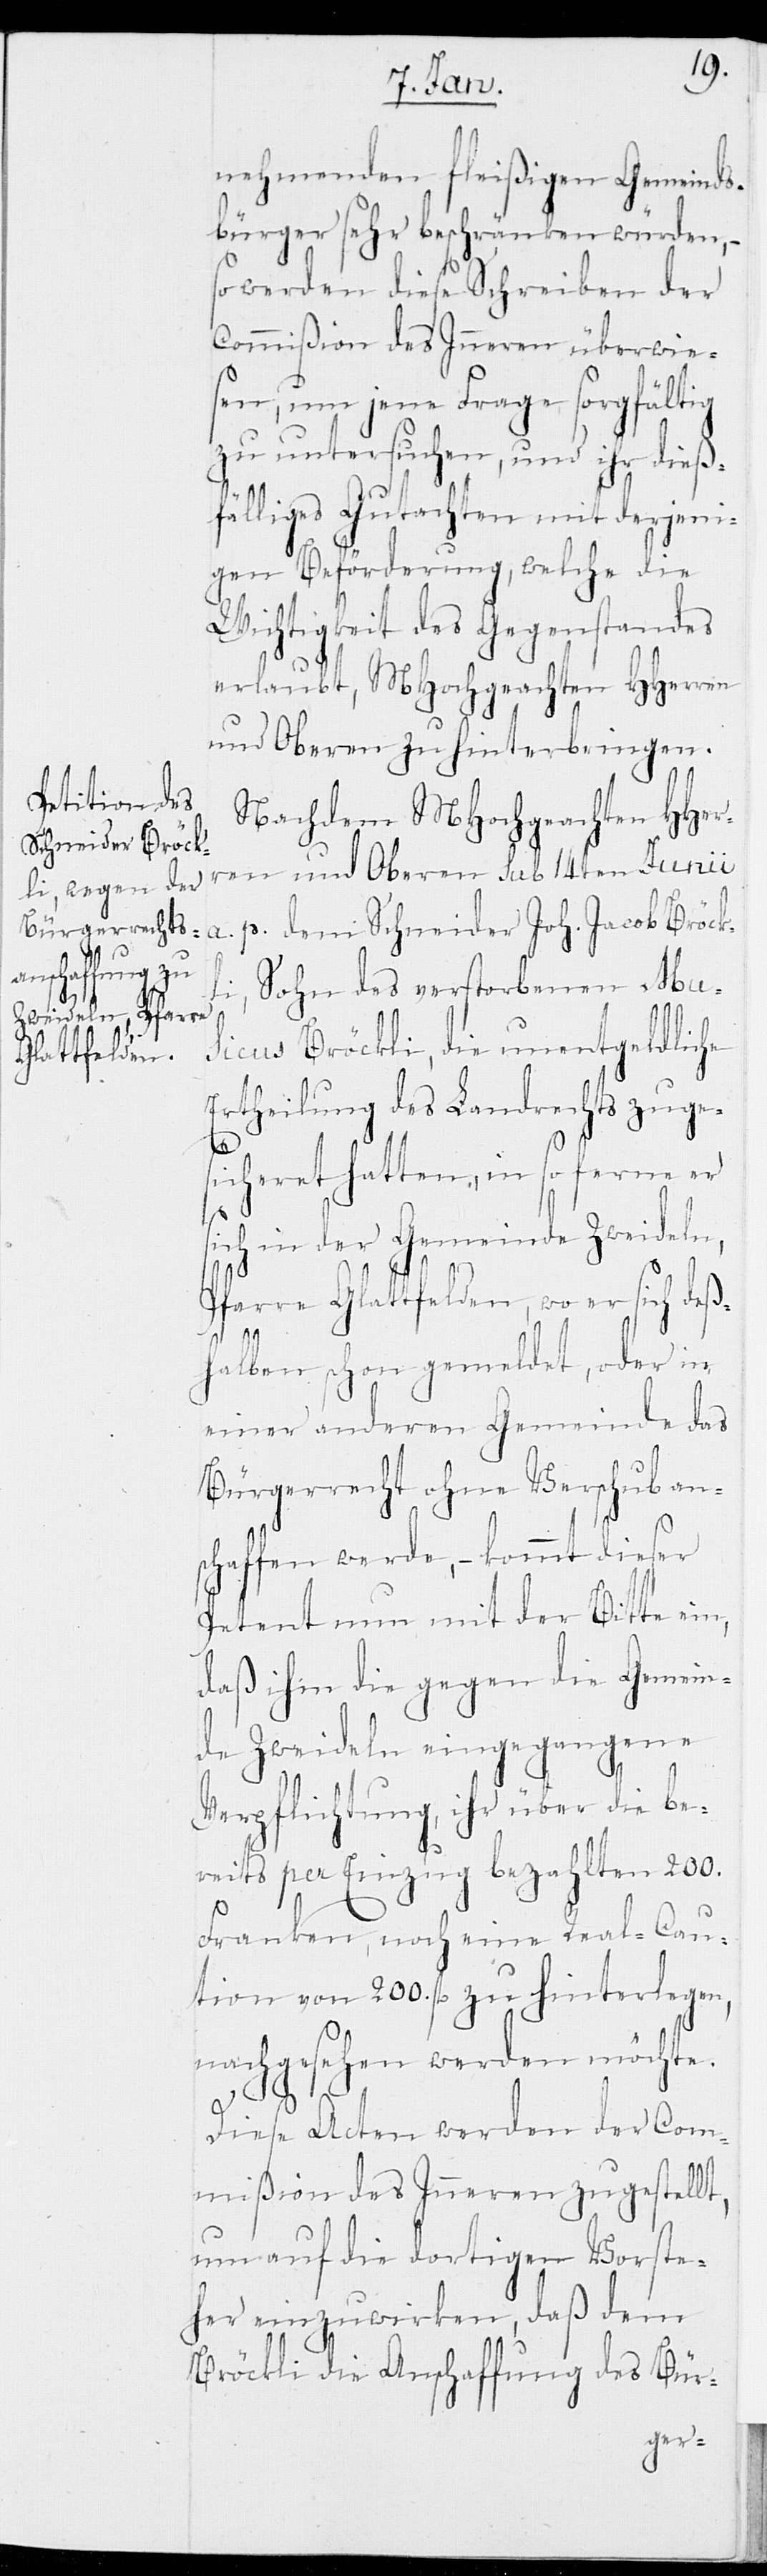
nehmenden fleißigen Gemeinds¬
bürger sehr beschränken würden, –
so werden diese Schreiben der
Commißion des Inneren überwie¬
sen, um jene Frage sorgfältig
zu untersuchen, und ihr dieß¬
fälliges Gutachten mit derjeni¬
gen Beförderung, welche die
Wichtigkeit des Gegenstandes
erlaubt, MHochgeachten HHerren
und Oberen zu hinterbringen.
Nachdem MHochgeachten HHerr¬
Schneider Joh.
en und Oberen sub 14ten Junii
Sohn des verstorbenen Mu¬
sicus Bröckli, die unentgeldliche
Ertheilung des Landrechts zuge¬
p.
sicheret hatten, in so ferne er
sich in der Gemeinde Zweideln,
Pfarre Glattfelden, wo er sich deß¬
halben schon gemeldet, oder in
einer anderen Gemeinde das
Bürgerrecht ohne Verschub an¬
schaffen werde, – kommt dieser
Petent nun mit der Bitte ein,
daß ihm die gegen die Gemein¬
de Zweideln eingegangene
Verpflichtung, ihr über die be¬
reits per Einzug bezahlten 200.
Franken, noch eine Real-Cau¬
tion von 200. fl. zu hinterlegen,
nachgesehen werden möchte.
Diese Acten werden der Com¬
mißion des Inneren zugestellt,
um auf die dortigen Vorste¬
her einzuwirken, daß dem
Bröckli die Anschaffung des Bür-